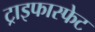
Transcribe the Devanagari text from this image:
ट्राइफास्फेट